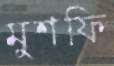
মুশফি